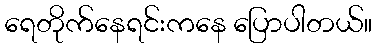
ရေတိုက်နေရင်းကနေ ပြောပါတယ်။